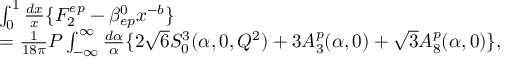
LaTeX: \begin{array} { l } { { \int _ { 0 } ^ { 1 } \frac { d x } { x } \{ F _ { 2 } ^ { e p } - \beta _ { e p } ^ { 0 } x ^ { - b } \} } } \\ { { = \frac { 1 } { 1 8 \pi } P \int _ { - \infty } ^ { \infty } \frac { d \alpha } { \alpha } \{ 2 \sqrt { 6 } S _ { 0 } ^ { 3 } ( \alpha , 0 , Q ^ { 2 } ) + 3 A _ { 3 } ^ { p } ( \alpha , 0 ) + \sqrt { 3 } A _ { 8 } ^ { p } ( \alpha , 0 ) \} , } } \end{array}